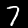
Label: 7